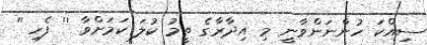
ސިއްކަ ހުންނަންވާނީ މި އިދާރާގެ ތީމު ކުލަ ކަމަށްވާ '' ފެހި ''